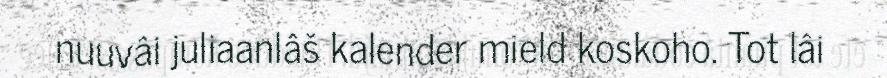
nuuvâi juliaanlâš kalender mield koskoho. Tot lâi